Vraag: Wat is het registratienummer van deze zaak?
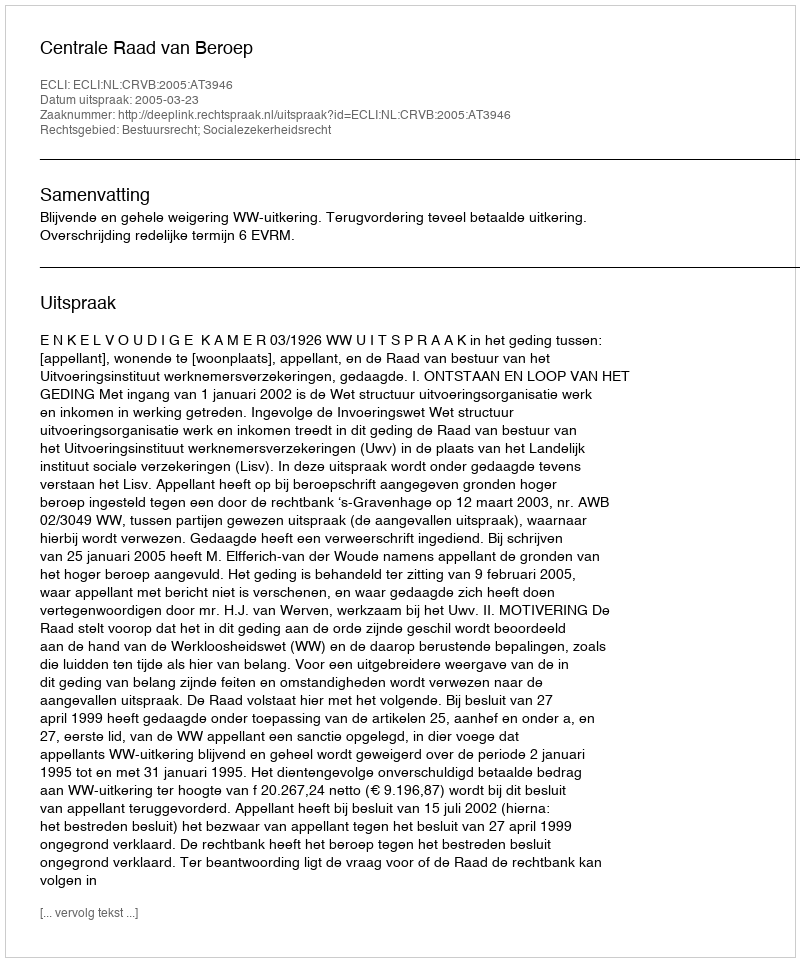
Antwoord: http://deeplink.rechtspraak.nl/uitspraak?id=ECLI:NL:CRVB:2005:AT3946